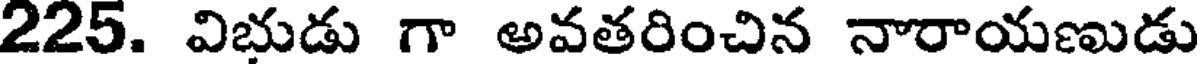
225. విభుడు గా అవతరించిన నారాయణుడు